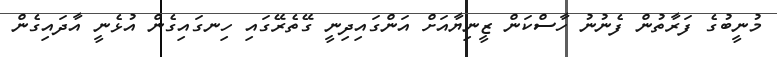
މުނީބުގެ ފަރާތުން ފެނުނު ހާސްކަން ޒީނިޔާއަށް އަންގައިދިނީ ގޭތެރޭގައި ހިނގައިގެން އުޅެނީ އާދައިގެން